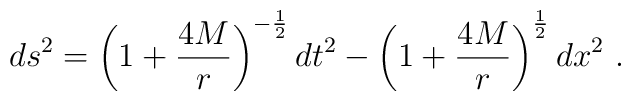
ds^2 = \left( 1+ {4M \over r}\right)^{-{1\over2}} dt^2 -  \left( 1+ {4M \over r}\right)^{1\over2} dx^2 \ .